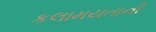
કલામયતાની